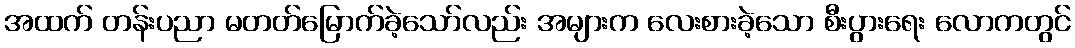
အထက် တန်းပညာ မတတ်မြောက်ခဲ့သော်လည်း အများက လေးစားခဲ့သော စီးပွားရေး လောကတွင်